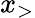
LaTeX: x_{>}